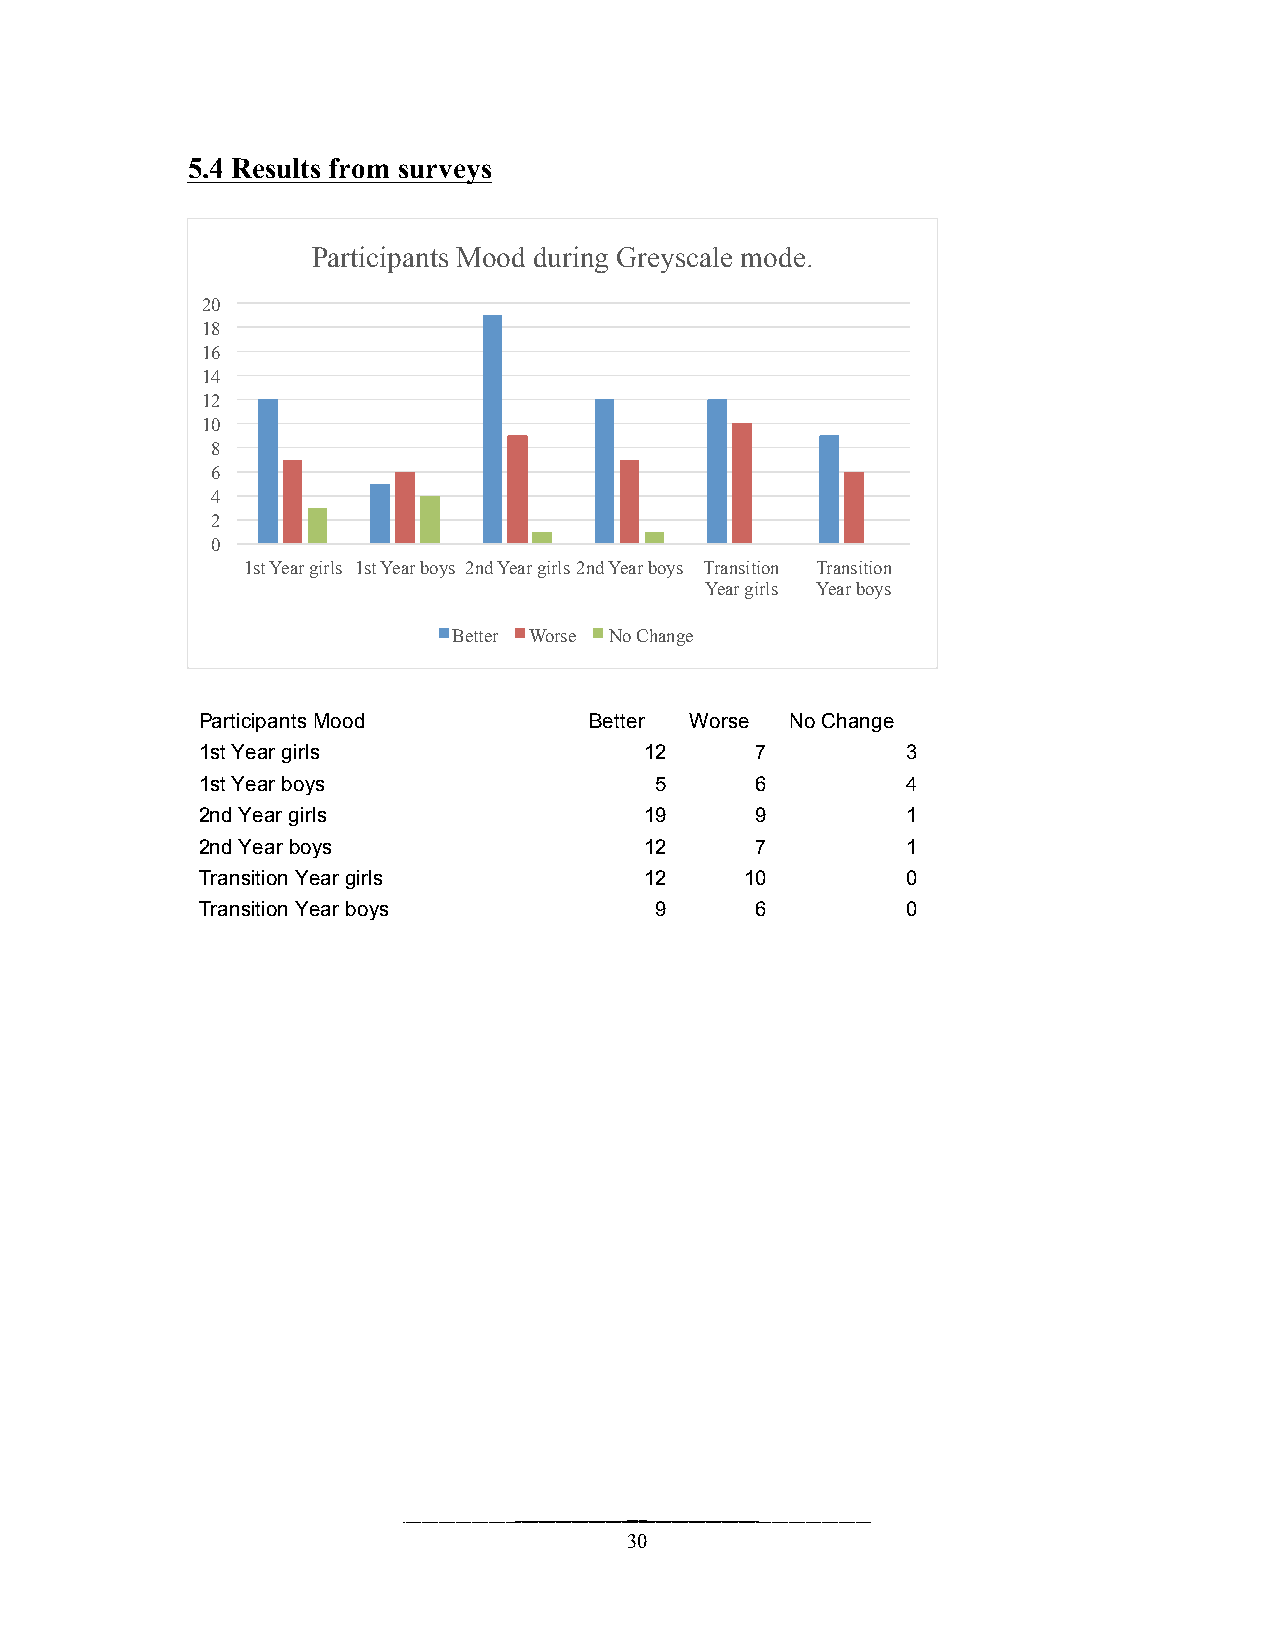
5.4 Results from surveys
 Participants Mood during Greyscale mode.
 20
 18
 16
 14
 12
 10
 8
 6
 4
 2
 0
 1st Year girls 1st Year boys 2nd Year girls 2nd Year boys Transition Transition
 Year girls Year boys
 Better Worse No Change
 Participants Mood         Better Worse No Change
 1st Year girls                12     7         3
 1st Year boys                 5      6         4
 2nd Year girls                19     9         1
 2nd Year boys                 12     7         1
 Transition Year girls         12    10         0
 Transition Year boys          9      6         0
 30